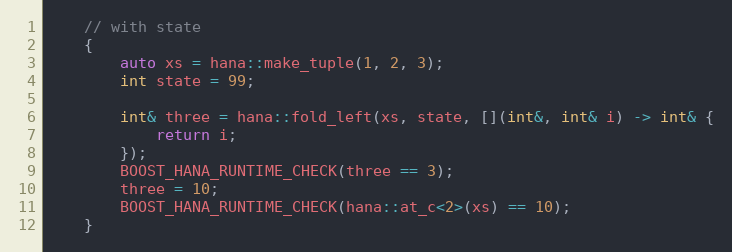
Language: C++
    // with state
    {
        auto xs = hana::make_tuple(1, 2, 3);
        int state = 99;

        int& three = hana::fold_left(xs, state, [](int&, int& i) -> int& {
            return i;
        });
        BOOST_HANA_RUNTIME_CHECK(three == 3);
        three = 10;
        BOOST_HANA_RUNTIME_CHECK(hana::at_c<2>(xs) == 10);
    }